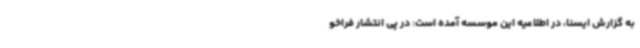
به گزارش ایسنا، در اطلاعیه این موسسه آمده است: در پی انتشار فراخو